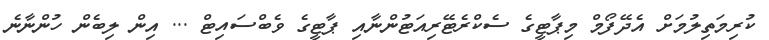
ކުރިމަތިލުމަށް އެދޭފޯމް މިޕާޓީގެ ސެކްރެޓޭރިއަޓުންނާއި ޕާޓީގެ ވެބްސައިޓް ... އިން ލިބެން ހުންނާނެ